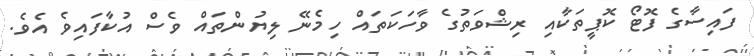
ފައިސާގެ ފޮޓޯ ކޮޕީތަކާއި ރިޝްވަތުގެ ވާހަކަތައް ހިމެނޭ ލިޔުންތައް ވެސް އުކާފައިވެ އެވެ.